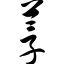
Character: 莩